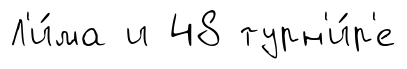
Л'и́ма и 48 турн'и́р'е